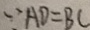
\because A D = B C